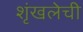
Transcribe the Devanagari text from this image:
शृंखलेची